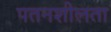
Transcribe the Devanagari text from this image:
पतनशीलता